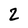
Character: 2